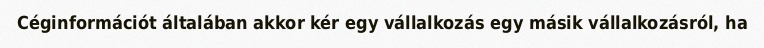
Céginformációt általában akkor kér egy vállalkozás egy másik vállalkozásról, ha